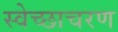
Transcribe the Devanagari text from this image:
स्वेच्छाचरण